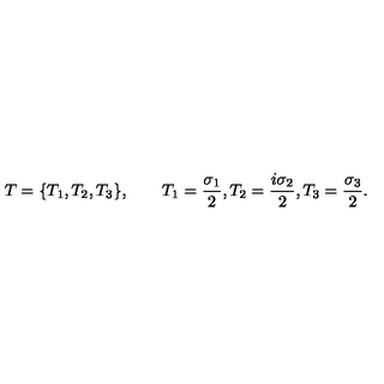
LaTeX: T = \{ T _ { 1 } , T _ { 2 } , T _ { 3 } \} , \qquad T _ { 1 } = { \frac { \sigma _ { 1 } } { 2 } } , T _ { 2 } = { \frac { i \sigma _ { 2 } } { 2 } } , T _ { 3 } = { \frac { \sigma _ { 3 } } { 2 } } .